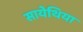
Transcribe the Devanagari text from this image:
सायेथिया